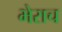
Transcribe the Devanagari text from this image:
भेराच